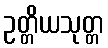
ဥတ္တိယသုတ္တ